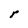
Character: r